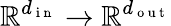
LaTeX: \mathbb{R}^{d_{\mathrm{~i~n~}}}\rightarrow\mathbb{R}^{d_{\mathrm{~o~u~t~}}}